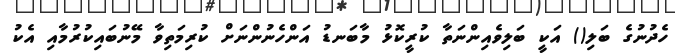
ހެދުނުގެ ބަލި() އަކީ ބަލިވެއިންނަތާ ކުރީކޮޅު މާބަނޑު އަންހެނުންނަށް ކުރިމަތިވާ މޭނުބައިކުރުމާއި އެކު